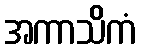
အကာသိကံ